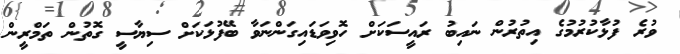
ވުރެ ފުޅާކުރުމުގެ އިތުރުން ނައިބު ރައީސަކަށް ހޮވިވަޑައިގަންނަވާ ބޭފުޅަކަށް ސިޔާސީ ގޮތުން ތަމްރީން